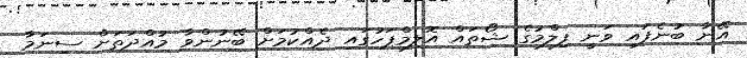
އޭނާ ބުނެފައި ވަނީ ފިލްމުގެ ޝޯތައް އޮލިމްޕަހުގައި ދެއްކުމަށް ބޭނުންވާ މުއްދަތަށް ސިނަމާ